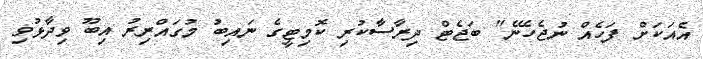
އެއަކަށް ފަހެއް ނުޖެހޭނެ" ބަޖެޓް ދިރާސާކުރި ކޮމިޓީގެ ނައިބު މުގައްރިރު އިބޫ ވިދާޅުވި